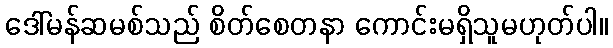
ဒေါ်မန်ဆမစ်သည် စိတ်စေတနာ ကောင်းမရှိသူမဟုတ်ပါ။